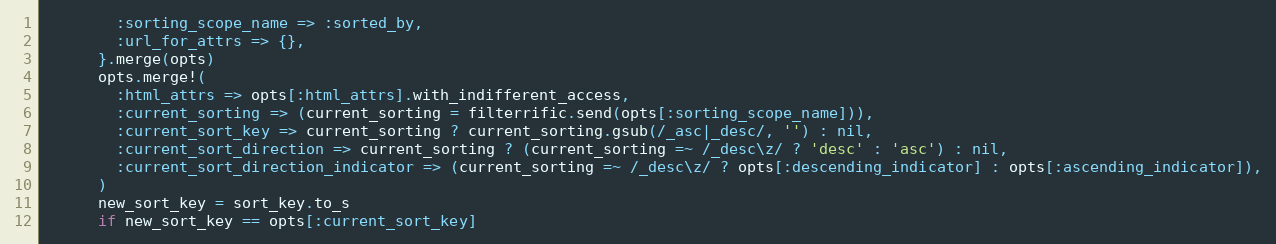
Language: Ruby
        :sorting_scope_name => :sorted_by,
        :url_for_attrs => {},
      }.merge(opts)
      opts.merge!(
        :html_attrs => opts[:html_attrs].with_indifferent_access,
        :current_sorting => (current_sorting = filterrific.send(opts[:sorting_scope_name])),
        :current_sort_key => current_sorting ? current_sorting.gsub(/_asc|_desc/, '') : nil,
        :current_sort_direction => current_sorting ? (current_sorting =~ /_desc\z/ ? 'desc' : 'asc') : nil,
        :current_sort_direction_indicator => (current_sorting =~ /_desc\z/ ? opts[:descending_indicator] : opts[:ascending_indicator]),
      )
      new_sort_key = sort_key.to_s
      if new_sort_key == opts[:current_sort_key]